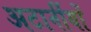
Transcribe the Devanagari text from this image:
अटार्नीयों